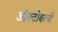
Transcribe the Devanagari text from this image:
ऑक्टोबरची